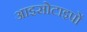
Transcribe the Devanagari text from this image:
आइसोटाइपों